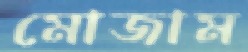
মোজাম